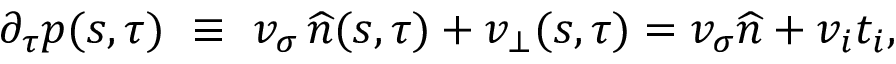
\begin{array} { r } { \partial _ { \tau } p ( s , \tau ) \ \equiv \ v _ { \sigma } \, \widehat { n } ( s , \tau ) + v _ { \bot } ( s , \tau ) = v _ { \sigma } \widehat { n } + v _ { i } t _ { i } , } \end{array}